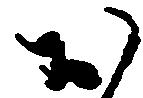
お